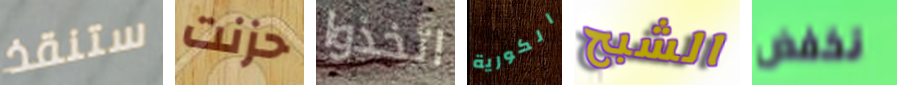
ستنقذ حزنت اتخذوا الكورية الشبح نخفض